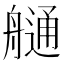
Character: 𦪏